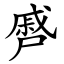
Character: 㞝